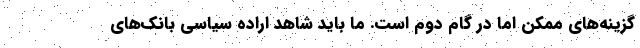
گزینه‌های ممکن اما در گام دوم است. ما باید شاهد اراده سیاسی بانک‌های